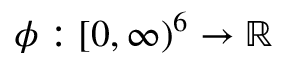
\phi : [ 0 , \infty ) ^ { 6 } \to { \mathbb R }